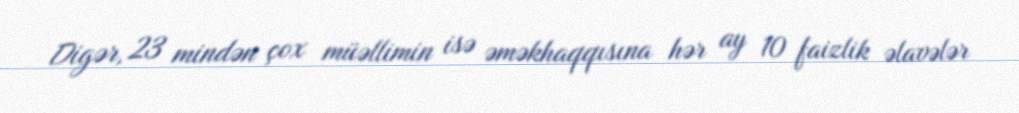
Digər, 23 mindən çox müəllimin isə əməkhaqqısına hər ay 10 faizlik əlavələr